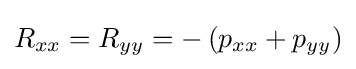
R_{xx}=R_{yy}=-\left(p_{xx}+p_{yy}\right)